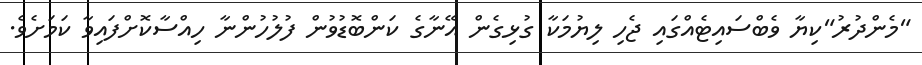
"މެންދުރު"ކިޔާ ވެބްސައިޓެއްގައި ޖެހި ލިޔުމަކާ ގުޅިގެން އޭނާގެ ކަންބޮޑުވުން ފުލުހުންނާ ހިއްސާކޮށްފައިވާ ކަމަށެވެ.